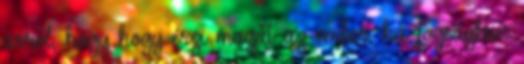
arról, hogy hogy érzi magát az ember, ha fogságban